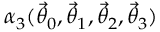
\alpha _ { 3 } ( \ensuremath { \vec { \theta } } _ { 0 } , \ensuremath { \vec { \theta } } _ { 1 } , \ensuremath { \vec { \theta } } _ { 2 } , \ensuremath { \vec { \theta } } _ { 3 } )